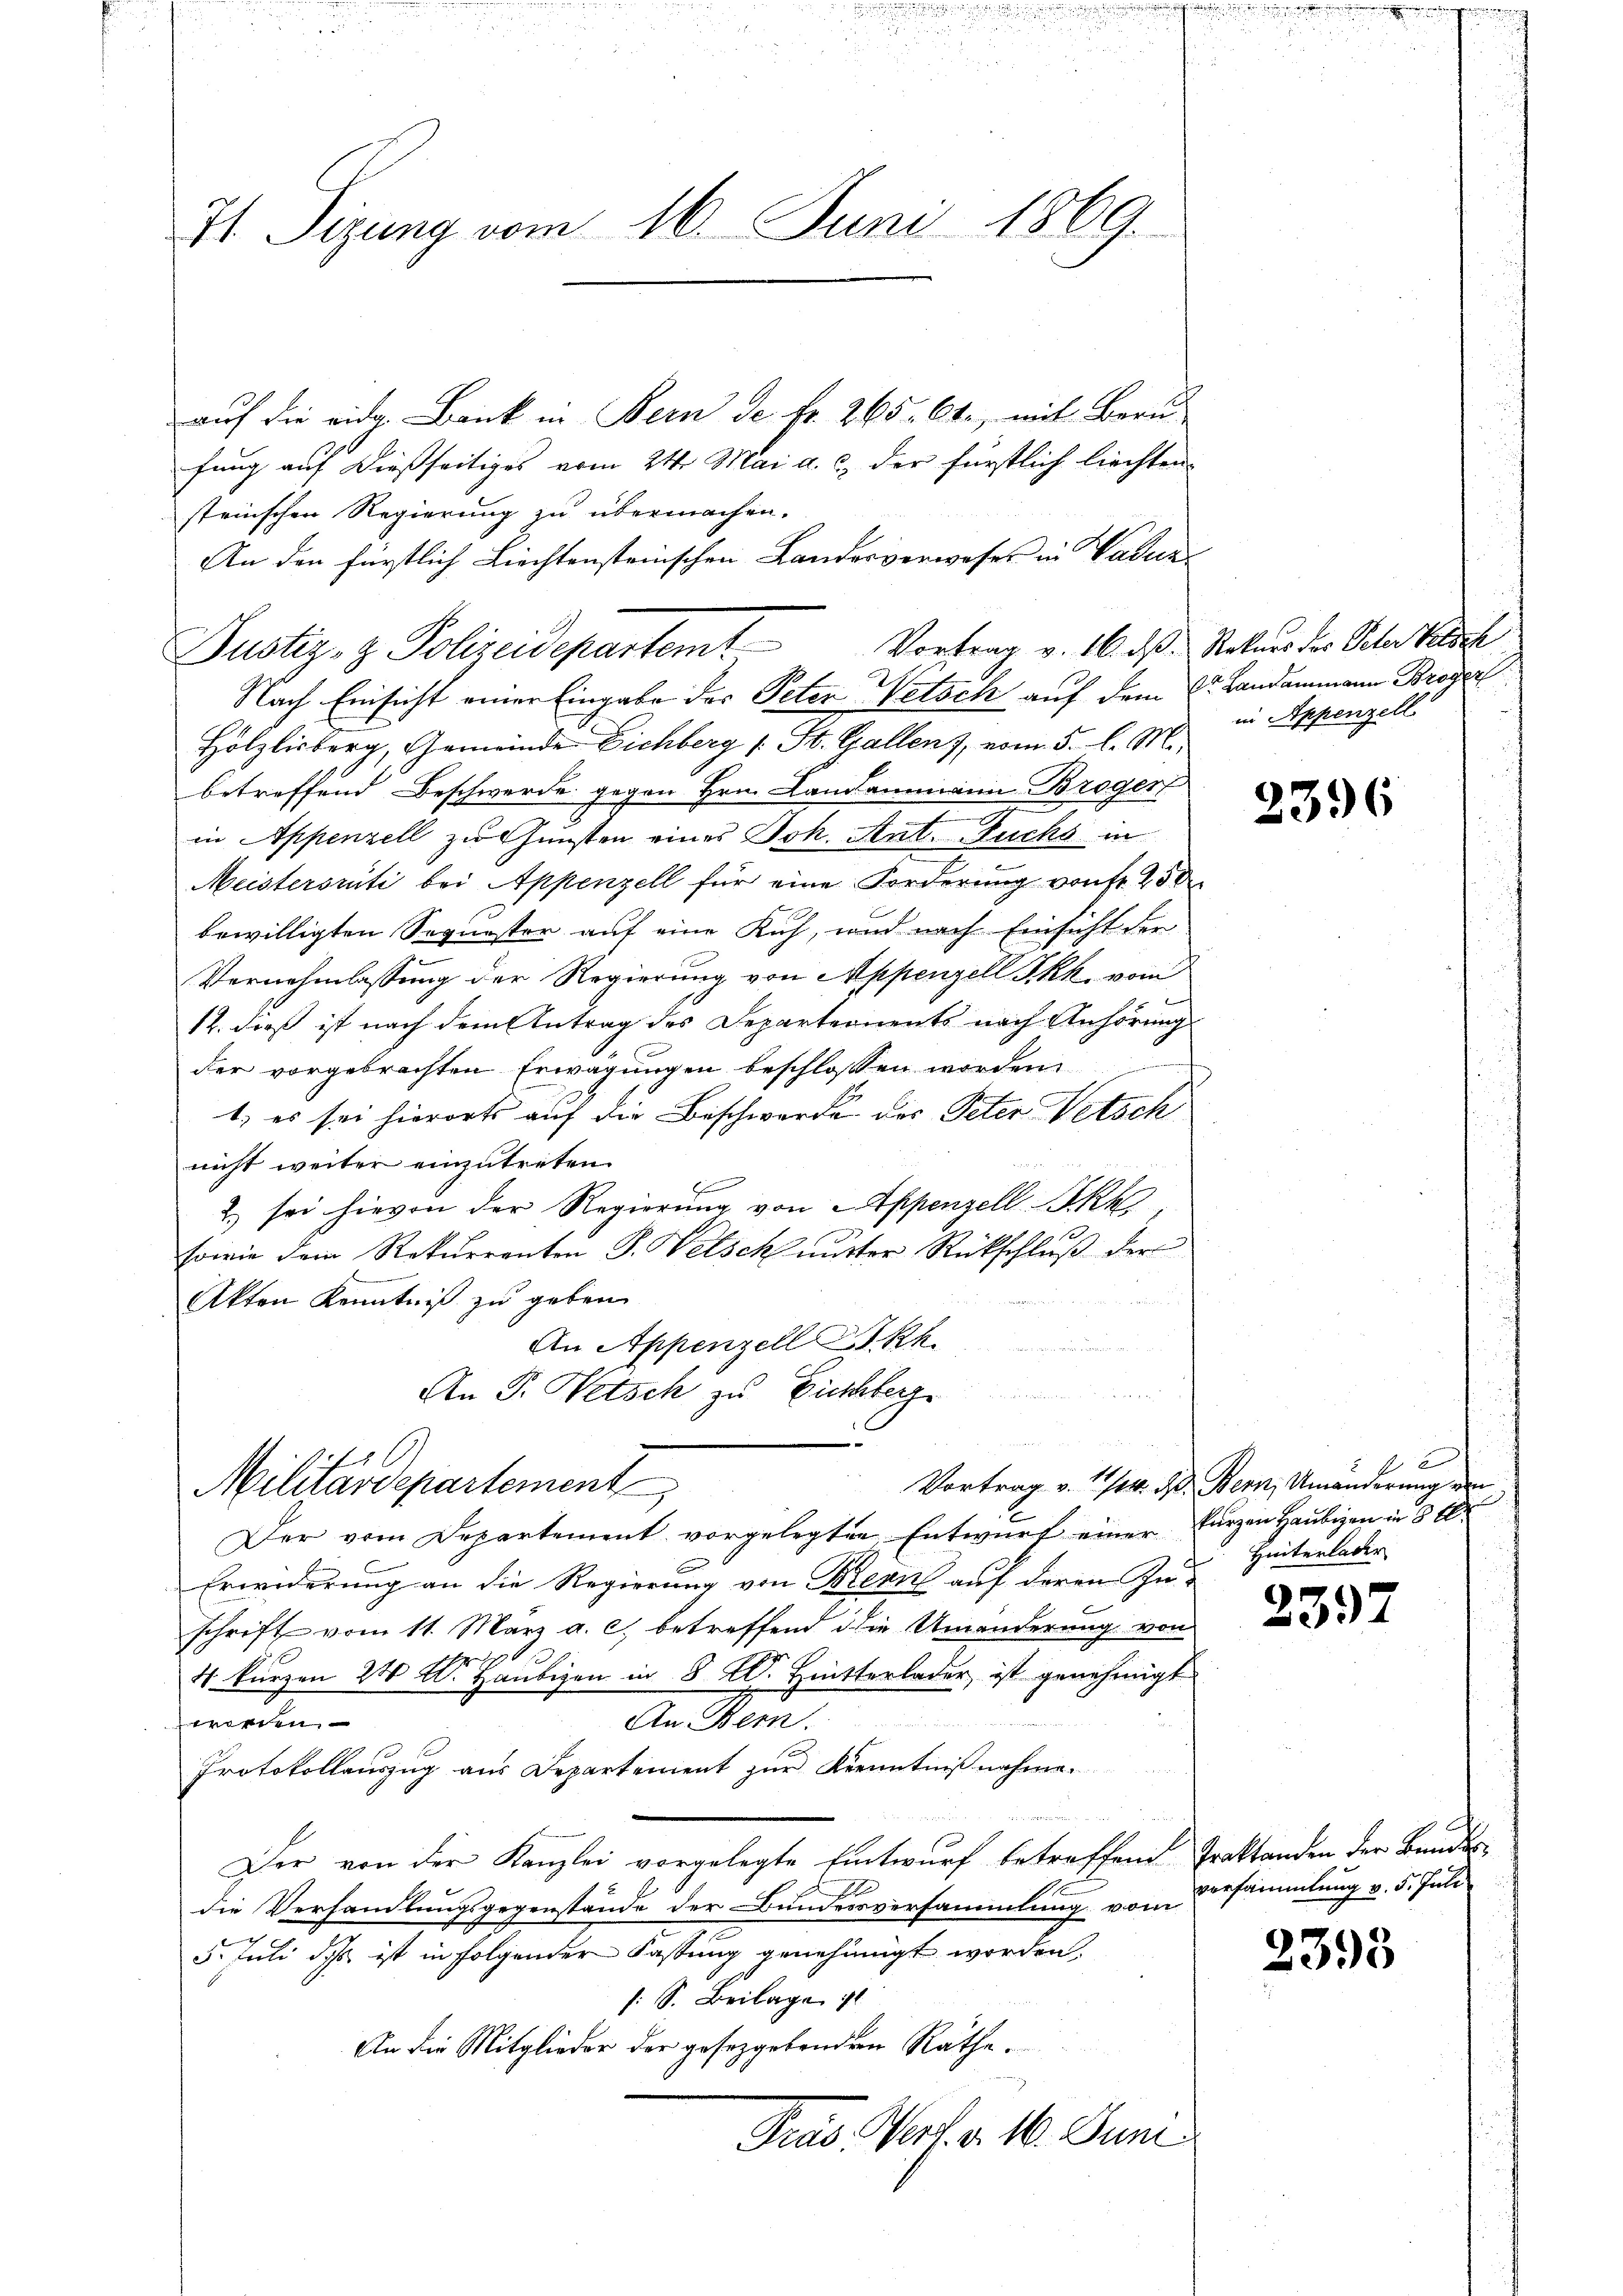
31 Sizung vom 16. Juni 1869.

auf die eidg. Bank in Bern de fr. 265. 64, mit Bern
fung auf dießseitiges vom 24. Mai a. c. der fürstlich liechten
steinschen Regierung zu übermachen.
An den fürstlich Liechtensteinschen Landesverweses in Vater-
Nach Einsicht einer Eingabe der Peter Welsch auf dem Dr. Landammann Broger
Hölzlisberg, Gemeinde Eichberg (St. Gallen), vom 5. l. M.,
betreffend Beschwerde gegen Hrn. Landammann Broger
in Appenzell zu Gunsten eines Joh. Ant. Fuchs in
Meistersrüti bei Appenzell für eine Forderŭng von fr. 250
bewilligten Sequester auf eine Kuh, und nach Einsicht der
Vernehmlassung der Regierung von Appenzell Pkk. vom
12. dieß ist nach dem Antrag des Departernents nach Anhörung
der vorgebrachten Erwägungen beschlossen worden.
1) es sei hierorts auf die Beschwerde des Peter Vetsch

nicht weiter einzutreten.
b
2. sei hievon der Regierung von Appenzell Akk
sowie dem Rekurrenten J. Welschnitter Rückschluß der
Akten Kenntniß zu geben.
An Appenzell I.Rh.
An D. Retsch zu Eicher
e
Vortrag v. 1/4. d. Bern, Umänderung von
Militärdepartement
Der vom Departement vorgelegten Entwurf einer kurzen Haubigen in 3 t
Erwiderung an die Regierung von Bern auf deren Zu-
schrift vom 11. März a. c. betreffend die Umänderung von
6
i
4 kurzen 24 Al. Haubigen in § 2. Hintterlader ist genehmigt
worden
An Bern.
Protokollauszug aus Departement zur Kenntnißnahme.
Der von der Kanzlei vorgelegte Entwurf betreffend Traktanden der Bundesdie Verhandlungsgegenstände der Bundesversammlung vom Versammlung v. 5. Juli
ich
5. Juli das ist in folgender Fassung genehmigt worden.
/: S. Beilage i
An die Mitglieder der gesetzgebenden Räthe.
Pras Verf. v. 16. Juni

Justiz- & Polizeidepartem Vortrag v. 16. dß. Natur des Veter Versch

in Appenzell

2396

f x
Hinterlader

2397

2393

e